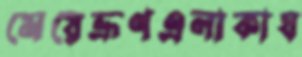
মেয়েভ্রূণএলাকাঘ